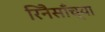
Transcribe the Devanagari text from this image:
रिनैसाँच्या